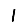
Digit: 1